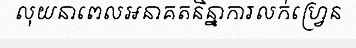
លុយនាពេលអនាគតនិន្នាការលក់ហ្វ្រេន